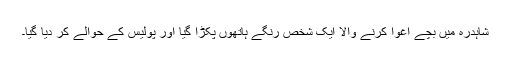
شاہدرہ میں بچے اغوا کرنے والا ایک شخص رنگے ہاتھوں پکڑا گیا اور پولیس کے حوالے کر دیا گیا۔